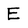
Character: E